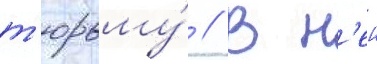
т'юрьму́ // В н'еи